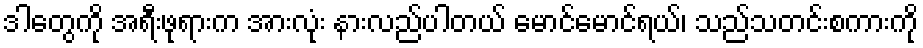
ဒါတွေကို အရီးဖုရားက အားလုံး နားလည်ပါတယ် မောင်မောင်ရယ်၊ သည်သတင်းစကားကို